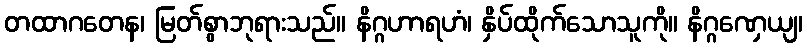
တထာဂတေန၊ မြတ်စွာဘုရားသည်။ နိဂ္ဂဟာရဟံ၊ နှိပ်ထိုက်သောသူကို။ နိဂ္ဂဏှေယျ၊